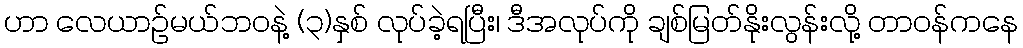
ဟာ လေယာဉ်မယ်ဘဝနဲ့ (၃)နှစ် လုပ်ခဲ့ရပြီး၊ ဒီအလုပ်ကို ချစ်မြတ်နိုးလွန်းလို့ တာဝန်ကနေ